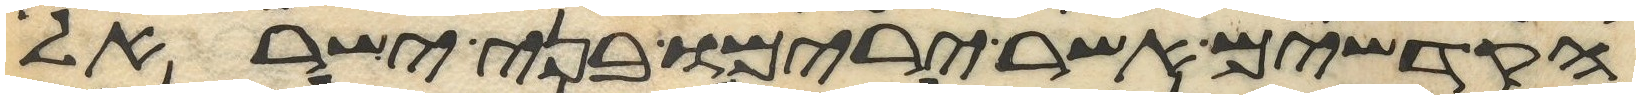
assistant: הקדשים אשר ירימו בני ישראל